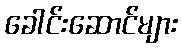
ခေါင်းဆောင်များ